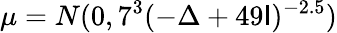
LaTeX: \mu=N(0,7^{3}(-\Delta+49\mathsf{I})^{-2.5})